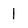
Character: l